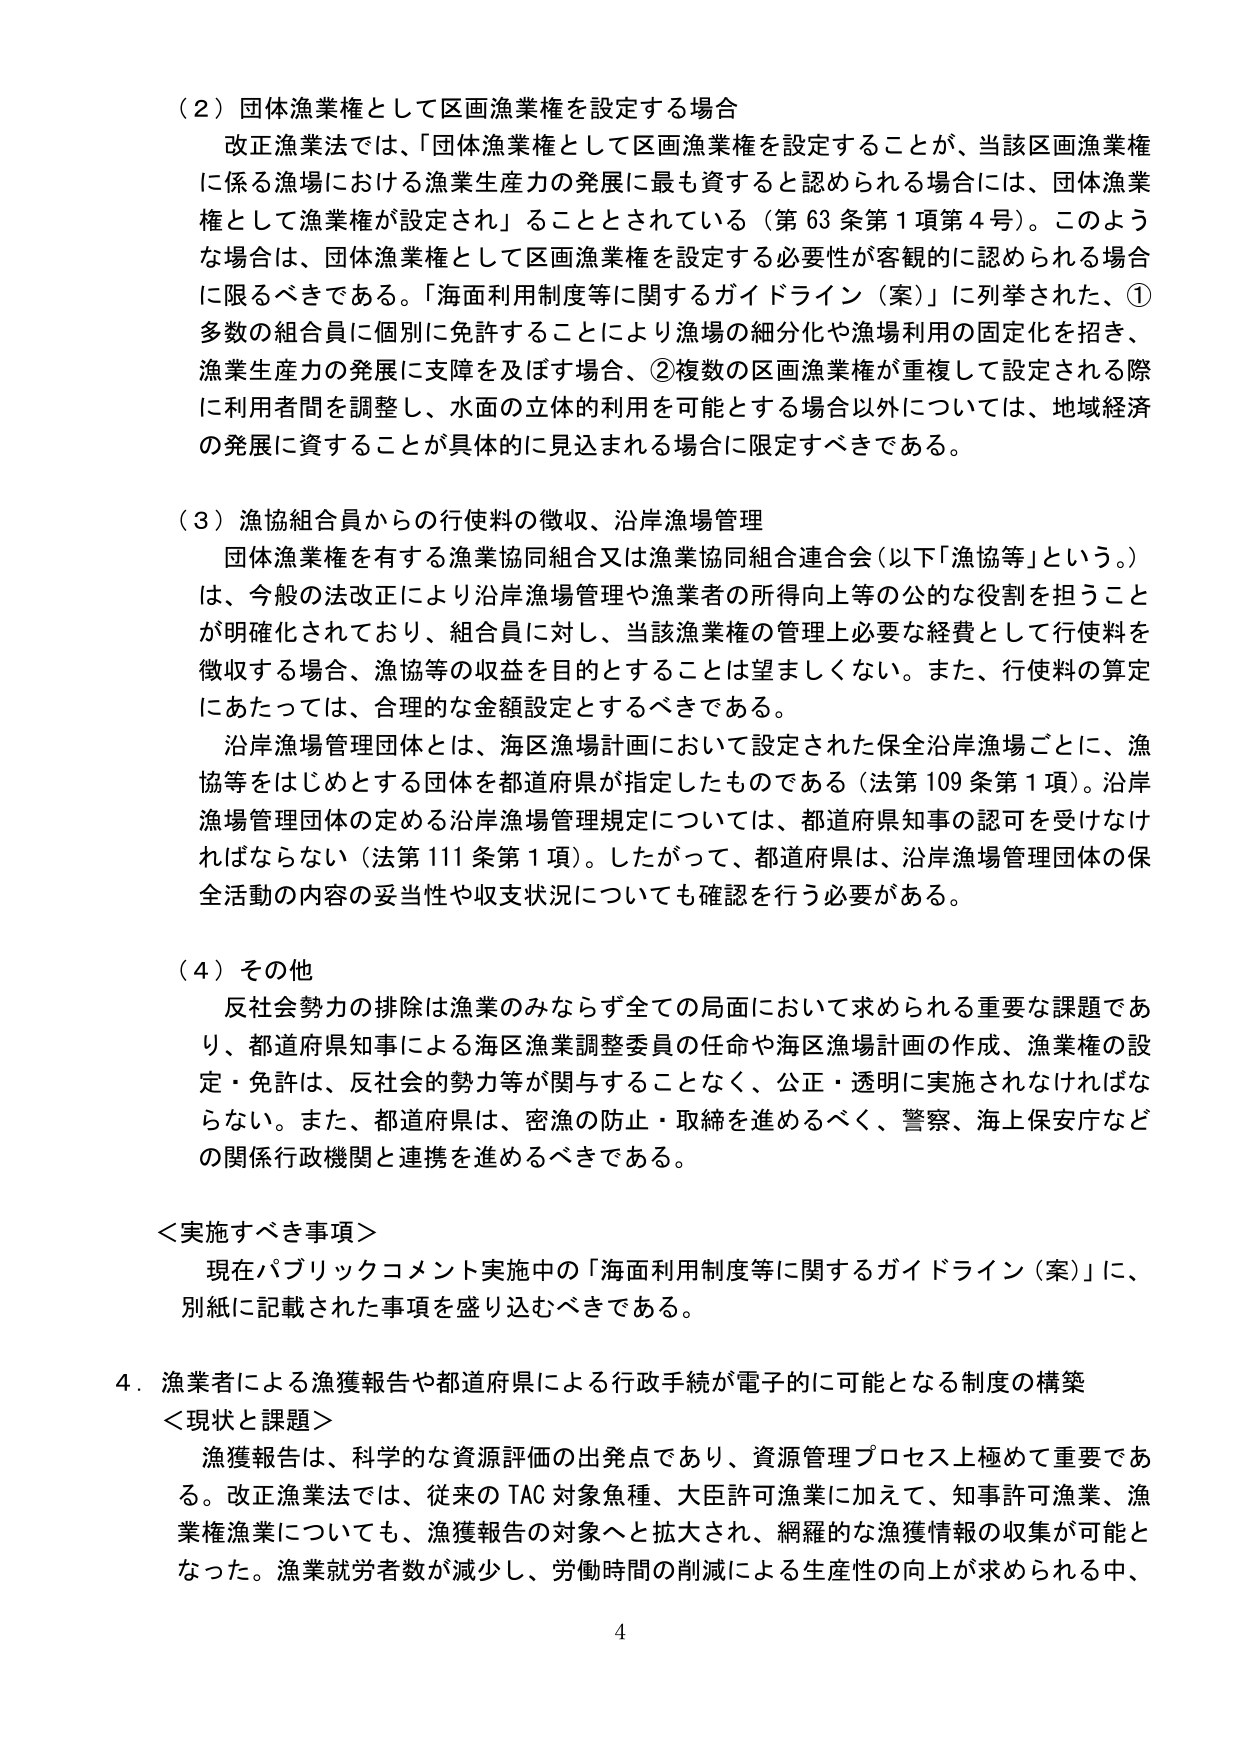
（２）団体漁業権として区画漁業権を設定する場合
改正漁業法では、「団体漁業権として区画漁業権を設定することが、当該区画漁業権に係る漁場における漁業生産力の発展に最も資すると認められる場合には、団体漁業権として漁業権が設定され」ることとされている（第63条第1項第4号）。このような場合は、団体漁業権として区画漁業権を設定する必要性が客観的に認められる場合に限るべきである。「海面利用制度等に関するガイドライン（案）」に列挙された、①多数の組合員に個別に免許することにより漁場の細分化や漁場利用の固定化を招き、漁業生産力の発展に支障を及ぼす場合、②複数の区画漁業権が重複して設定される際に利用者間を調整し、水面の立体的利用を可能とする場合以外については、地域経済の発展に資することが具体的に見込まれる場合に限定すべきである。

（３）漁協組合員からの行使料の徴収、沿岸漁場管理
団体漁業権を有する漁業協同組合又は漁業協同組合連合会（以下「漁協等」という。）は、今般の法改正により沿岸漁場管理や漁業者の所得向上等の公的な役割を担うことが明確化されており、組合員に対し、当該漁業権の管理上必要な経費として行使料を徴収する場合、漁協等の収益を目的とすることは望ましくない。また、行使料の算定にあたっては、合理的な金額設定とするべきである。
沿岸漁場管理団体とは、海区漁場計画において設定された保全沿岸漁場ごとに、漁協等をはじめとする団体を都道府県が指定したものである（法第109条第1項）。沿岸漁場管理団体の定める沿岸漁場管理規定については、都道府県知事の認可を受けなければならない（法第111条第1項）。したがって、都道府県は、沿岸漁場管理団体の保全活動の内容の妥当性や収支状況についても確認を行う必要がある。

（４）その他
反社会勢力の排除は漁業のみならず全ての局面において求められる重要な課題であり、都道府県知事による海区漁業調整委員の任命や海区漁場計画の作成、漁業権の設定・免許は、反社会的勢力等が関与することなく、公正・透明に実施されなければならない。また、都道府県は、密漁の防止・取締を進めるべく、警察、海上保安庁などの関係行政機関と連携を進めるべきである。

＜実施すべき事項＞
現在パブリックコメント実施中の「海面利用制度等に関するガイドライン（案）」に、別紙に記載された事項を盛り込むべきである。

４．漁業者による漁獲報告や都道府県による行政手続が電子的に可能となる制度の構築
＜現状と課題＞
漁獲報告は、科学的な資源評価の出発点であり、資源管理プロセス上極めて重要である。改正漁業法では、従来のTAC対象魚種、大臣許可漁業に加えて、知事許可漁業、漁業権漁業についても、漁獲報告の対象へと拡大され、網羅的な漁獲情報の収集が可能となった。漁業就労者数が減少し、労働時間の削減による生産性の向上が求められる中、

4